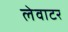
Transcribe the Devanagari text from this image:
लेवाटर